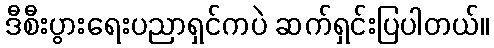
ဒီစီးပွားရေးပညာရှင်ကပဲ ဆက်ရှင်းပြပါတယ်။